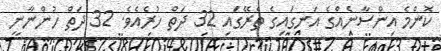
ކޮންމެ އިންސާނެއްގެ އަނގައިގެ ތެރޭގައި 32 ދަތް ހުރެއެވެ. 32 ދަތް ހުންނާނީ